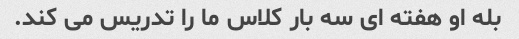
بله او هفته ای سه بار کلاس ما را تدریس می کند.